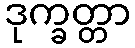
ဒုက္ခတ္တာ